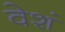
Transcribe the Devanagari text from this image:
वेशं